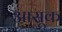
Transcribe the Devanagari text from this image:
आसूक